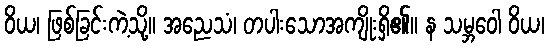
ဝိယ၊ ဖြစ်ခြင်းကဲ့သို့။ အညေသံ၊ တပါးသောအကျိုးရှိ၏။ န သမ္ဘဝေါ ဝိယ၊